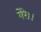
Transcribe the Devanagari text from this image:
मेरे।।